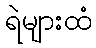
ရဲများထံ